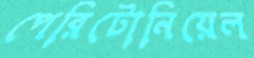
পেরিটোনিয়েল